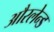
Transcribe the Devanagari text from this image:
औरलेन्ड